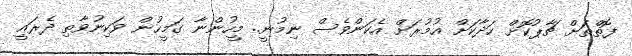
ފޮތްތަށް ޗާޕުކޮށް ހަދާކަށް އުމުރަށް އެކަންވެސް ނިމުނީ.. މީހުންނާ ގަމީހުން ވަކިނުވާތި ދެރައީ